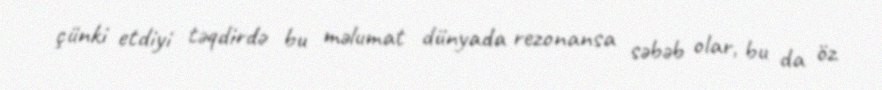
çünki etdiyi təqdirdə bu məlumat dünyada rezonansa səbəb olar, bu da öz